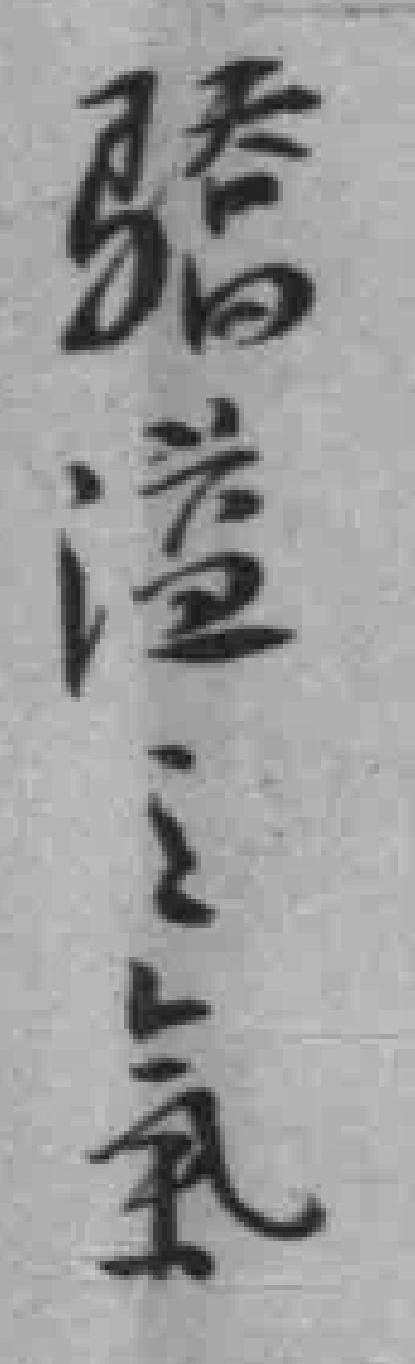
驕溢之氣